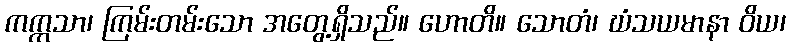
ကက္ကသာ၊ ကြမ်းတမ်းသော အတွေ့ရှိသည်။ ဟောတိ။ သောတံ၊ ဃံသယမာနာ ဝိယ၊